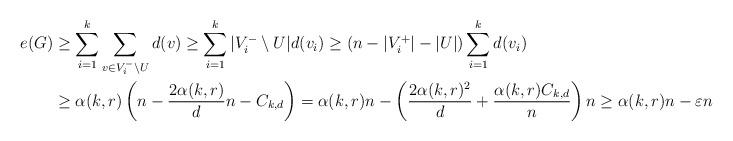
LaTeX: \begin{align*}e(G)&\ge \sum_{i=1}^{k} \sum_{v\in V_i^-\setminus U} d(v)\ge \sum_{i=1}^{k} |V_i^-\setminus U| d(v_i)\ge (n - |V_i^+| - |U|)\sum_{i=1}^{k} d(v_i) \\&\ge \alpha(k,r)\left(n - \frac{2\alpha(k,r)}{d}n - C_{k,d}\right)= \alpha(k,r)n - \left(\frac{2\alpha(k,r)^2}{d} + \frac{\alpha(k,r)C_{k,d}}{n}\right)n\ge \alpha(k,r)n - \varepsilon n\end{align*}